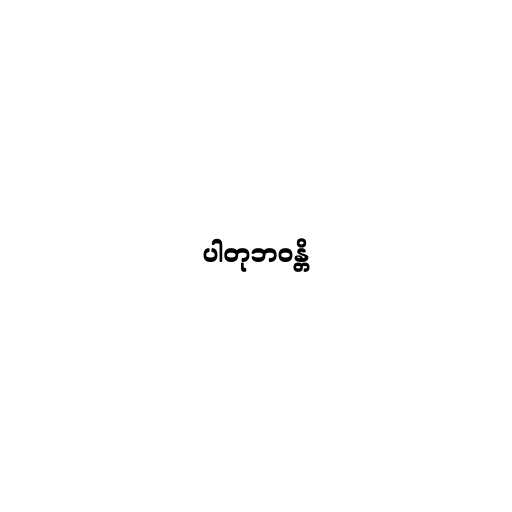
ပါတုဘဝန္တိ